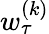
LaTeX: w_{\tau}^{(k)}